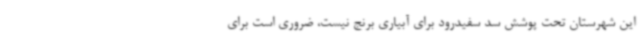
این شهرستان تحت پوشش سد سفیدرود برای آبیاری برنج نیست، ضروری است برای